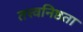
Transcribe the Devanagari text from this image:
तत्त्वनिष्ठता